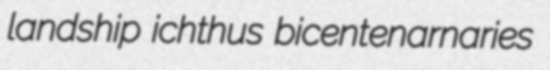
landship ichthus bicentenarnaries